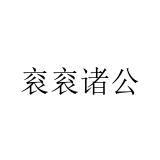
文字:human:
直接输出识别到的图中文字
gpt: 衮衮诸公